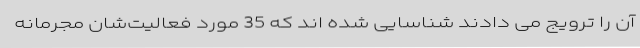
آن را ترویج می دادند شناسایی شده اند که 35 مورد فعالیت‌شان مجرمانه